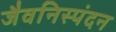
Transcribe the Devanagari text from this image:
जैवनिस्पंदन